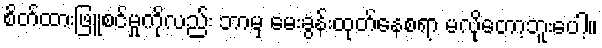
စိတ်ထားဖြူစင်မှုကိုလည်း ဘာမှ မေးခွန်းထုတ်နေစရာ မလိုတော့ဘူးပေါ့။